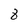
Character: 8